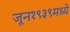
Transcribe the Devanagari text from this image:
जून१९३९मध्ये